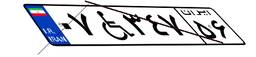
۲۴W۷۰۱۸۸